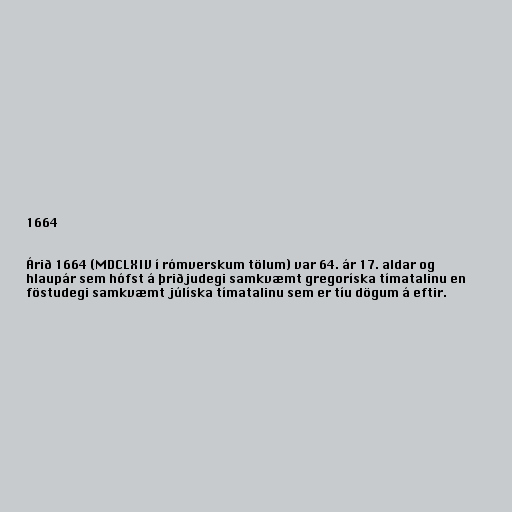
1664

Árið 1664 (MDCLXIV í rómverskum tölum) var 64. ár 17. aldar og
hlaupár sem hófst á þriðjudegi samkvæmt gregoríska tímatalinu en
föstudegi samkvæmt júlíska tímatalinu sem er tíu dögum á eftir.